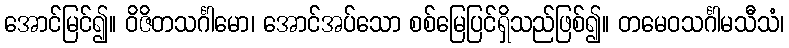
အောင်မြင်၍။ ဝိဇိတသင်္ဂါမော၊ အောင်အပ်သော စစ်မြေပြင်ရှိသည်ဖြစ်၍။ တမေဝသင်္ဂါမသီသံ၊